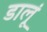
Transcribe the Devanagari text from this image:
डालूं